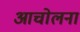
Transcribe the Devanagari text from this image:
आचोलना